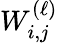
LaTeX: {W}_{i,j}^{(\ell)}